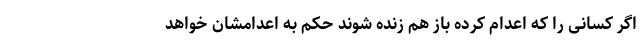
اگر کسانی را که اعدام کرده باز هم زنده شوند حکم به اعدامشان خواهد